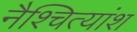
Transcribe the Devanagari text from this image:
नैश्चित्यांश